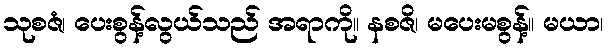
သုစဇံ၊ ပေးစွန့်လွယ်သည် အရာကို။ နစဇိ၊ မပေးမစွန့်။ မယာ၊